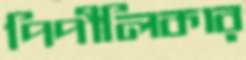
পিপীলিকার